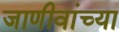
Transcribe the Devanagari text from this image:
जाणीवांच्या